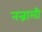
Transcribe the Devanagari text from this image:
नन्नाली